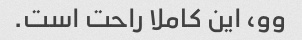
وو، این کاملا راحت است.